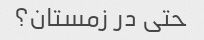
حتی در زمستان؟